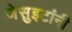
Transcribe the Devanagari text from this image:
जेसुइटांनी